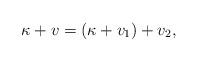
LaTeX: \begin{align*}\kappa+v=(\kappa+v_1)+v_2,\end{align*}